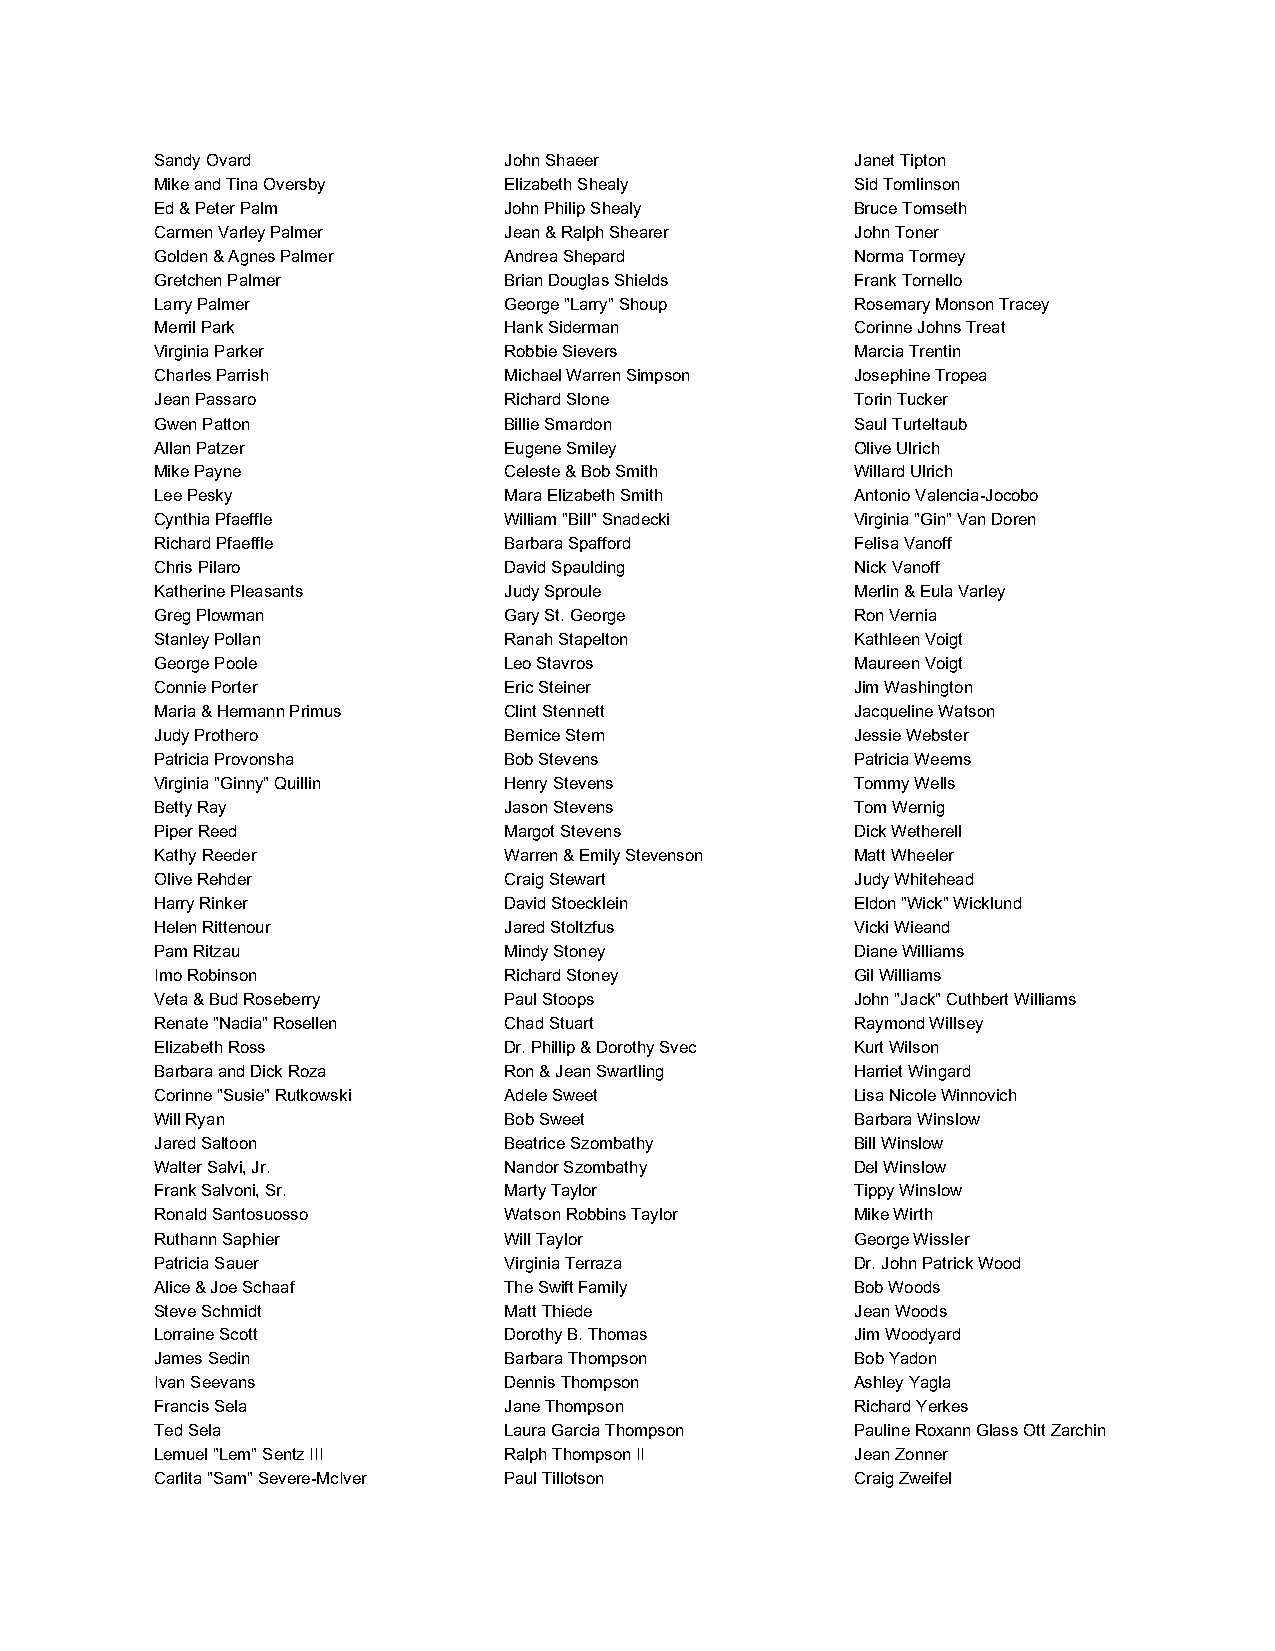
Sandy Ovard            John Shaeer             Janet Tipton
 Mike and Tina Oversby  Elizabeth Shealy        Sid Tomlinson
 Ed & Peter Palm        John Philip Shealy      Bruce Tomseth
 Carmen Varley Palmer   Jean & Ralph Shearer    John Toner
 Golden & Agnes Palmer  Andrea Shepard          Norma Tormey
 Gretchen Palmer        Brian Douglas Shields   Frank Tornello
 Larry Palmer           George "Larry" Shoup    Rosemary Monson Tracey
 Merril Park            Hank Siderman           Corinne Johns Treat
 Virginia Parker        Robbie Sievers          Marcia Trentin
 Charles Parrish        Michael Warren Simpson  Josephine Tropea
 Jean Passaro           Richard Slone           Torin Tucker
 Gwen Patton            Billie Smardon          Saul Turteltaub
 Allan Patzer           Eugene Smiley           Olive Ulrich
 Mike Payne             Celeste & Bob Smith     Willard Ulrich
 Lee Pesky              Mara Elizabeth Smith    Antonio Valencia-Jocobo
 Cynthia Pfaeffle       William "Bill" Snadecki Virginia "Gin" Van Doren
 Richard Pfaeffle       Barbara Spafford        Felisa Vanoff
 Chris Pilaro           David Spaulding         Nick Vanoff
 Katherine Pleasants    Judy Sproule            Merlin & Eula Varley
 Greg Plowman           Gary St. George         Ron Vernia
 Stanley Pollan         Ranah Stapelton         Kathleen Voigt
 George Poole           Leo Stavros             Maureen Voigt
 Connie Porter          Eric Steiner            Jim Washington
 Maria & Hermann Primus Clint Stennett          Jacqueline Watson
 Judy Prothero          Bernice Stern           Jessie Webster
 Patricia Provonsha     Bob Stevens             Patricia Weems
 Virginia "Ginny" Quillin Henry Stevens         Tommy Wells
 Betty Ray              Jason Stevens           Tom Wernig
 Piper Reed             Margot Stevens          Dick Wetherell
 Kathy Reeder           Warren & Emily Stevenson Matt Wheeler
 Olive Rehder           Craig Stewart           Judy Whitehead
 Harry Rinker           David Stoecklein        Eldon "Wick" Wicklund
 Helen Rittenour        Jared Stoltzfus         Vicki Wieand
 Pam Ritzau             Mindy Stoney            Diane Williams
 Imo Robinson           Richard Stoney          Gil Williams
 Veta & Bud Roseberry   Paul Stoops             John "Jack" Cuthbert Williams
 Renate "Nadia" Rosellen Chad Stuart            Raymond Willsey
 Elizabeth Ross         Dr. Phillip & Dorothy Svec Kurt Wilson
 Barbara and Dick Roza  Ron & Jean Swartling    Harriet Wingard
 Corinne "Susie" Rutkowski Adele Sweet          Lisa Nicole Winnovich
 Will Ryan              Bob Sweet               Barbara Winslow
 Jared Saltoon          Beatrice Szombathy      Bill Winslow
 Walter Salvi, Jr.      Nandor Szombathy        Del Winslow
 Frank Salvoni, Sr.     Marty Taylor            Tippy Winslow
 Ronald Santosuosso     Watson Robbins Taylor   Mike Wirth
 Ruthann Saphier        Will Taylor             George Wissler
 Patricia Sauer         Virginia Terraza        Dr. John Patrick Wood
 Alice & Joe Schaaf     The Swift Family        Bob Woods
 Steve Schmidt          Matt Thiede             Jean Woods
 Lorraine Scott         Dorothy B. Thomas       Jim Woodyard
 James Sedin            Barbara Thompson        Bob Yadon
 Ivan Seevans           Dennis Thompson         Ashley Yagla
 Francis Sela           Jane Thompson           Richard Yerkes
 Ted Sela               Laura Garcia Thompson   Pauline Roxann Glass Ott Zarchin
 Lemuel "Lem" Sentz III Ralph Thompson II       Jean Zonner
 Carlita "Sam" Severe-McIver Paul Tillotson     Craig Zweifel